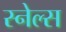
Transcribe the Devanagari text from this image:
स्नेल्स